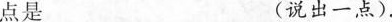
点是 (说出一点).